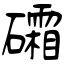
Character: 礵